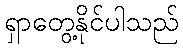
ရှာတွေ့နိုင်ပါသည်